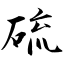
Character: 硫